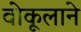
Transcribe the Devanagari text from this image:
वोकूलाने